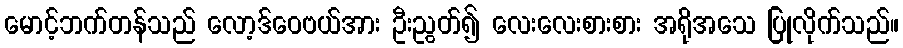
မောင့်ဘက်တန်သည် လော့ဒ်ဝေဗယ်အား ဦးညွတ်၍ လေးလေးစားစား အရိုအသေ ပြုလိုက်သည်။